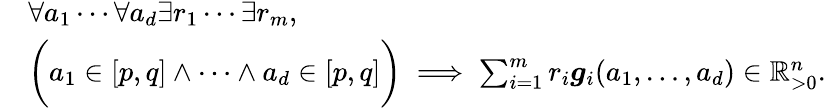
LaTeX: \begin{array}{rl}&{\forall a_{1}\cdots\forall a_{d}\exists r_{1}\cdots\exists r_{m},}\\ &{\bigg(a_{1}\in[p,q]\land\cdots\land a_{d}\in[p,q]\bigg)\implies\sum_{i=1}^{m}r_{i}\boldsymbol{g}_{i}(a_{1},\ldots,a_{d})\in\mathbb{R}_{>0}^{n}.}\end{array}